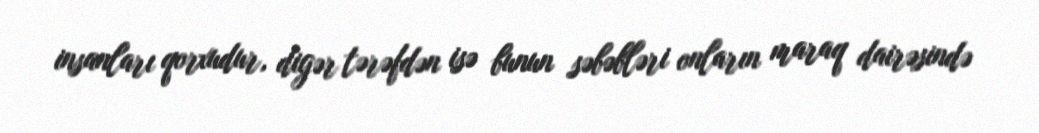
insanları qorxudur, digər tərəfdən isə bunun səbəbləri onların maraq dairəsində